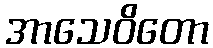
အာသေဝိတော